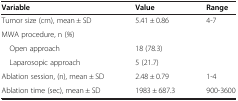
| Variable | Value | Range |
 | --- | --- | --- |
 | Tumor size (cm), mean ± SD | 5.41 ± 0.86 | 4-7 |
 | MWA procedure, n (%) |  |  |
 | Open approach | 18 (78.3) |  |
 | Laparosopic approach | 5 (21.7) |  |
 | Ablation session, (n), mean ± SD | 2.48 ± 0.79 | 1-4 |
 | Ablation time (sec), mean ± SD | 1983 ± 687.3 | 900-3600 |